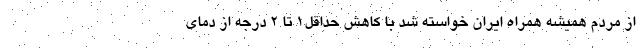
از مردم همیشه همراه ایران خواسته شد با کاهش حداقل1 تا 2 درجه از دمای